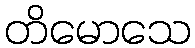
တိမောသေ